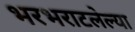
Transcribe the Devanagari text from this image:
भरभराटलेल्या